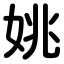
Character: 姚